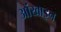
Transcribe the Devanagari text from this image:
आंखाइन